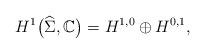
LaTeX: \begin{gather*}H^1\big(\widehat{\Sigma},\mathbb C\big)=H^{1,0}\oplus H^{0,1},\end{gather*}